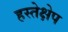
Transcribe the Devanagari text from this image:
हस्तेक्षेप